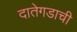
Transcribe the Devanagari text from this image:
दातेगडाची